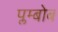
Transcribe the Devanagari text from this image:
प्लम्बोब